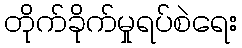
တိုက်ခိုက်မှုရပ်စဲရေး